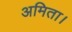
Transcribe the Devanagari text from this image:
अमिता।